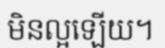
មិនល្អឡើយ។